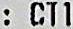
: CT1